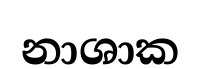
නාශාක